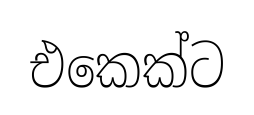
එකෙක්ට